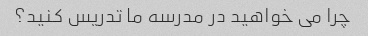
چرا می خواهید در مدرسه ما تدریس کنید؟